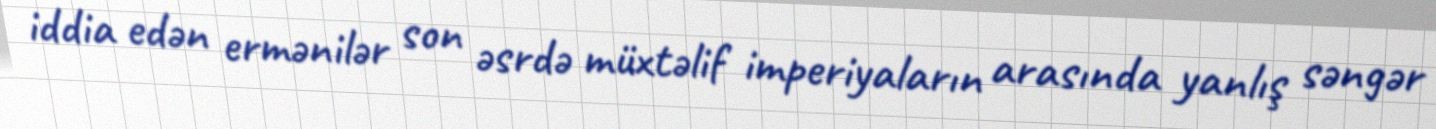
iddia edən ermənilər son əsrdə müxtəlif imperiyaların arasında yanlış səngər